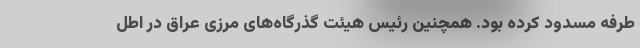
طرفه مسدود کرده بود. همچنین رئیس هیئت گذرگاه‌های مرزی عراق در اطل